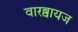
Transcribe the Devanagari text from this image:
वारब्वायज